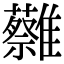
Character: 𩁞